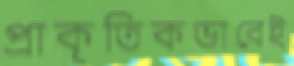
প্রাকৃতিকভাবেই